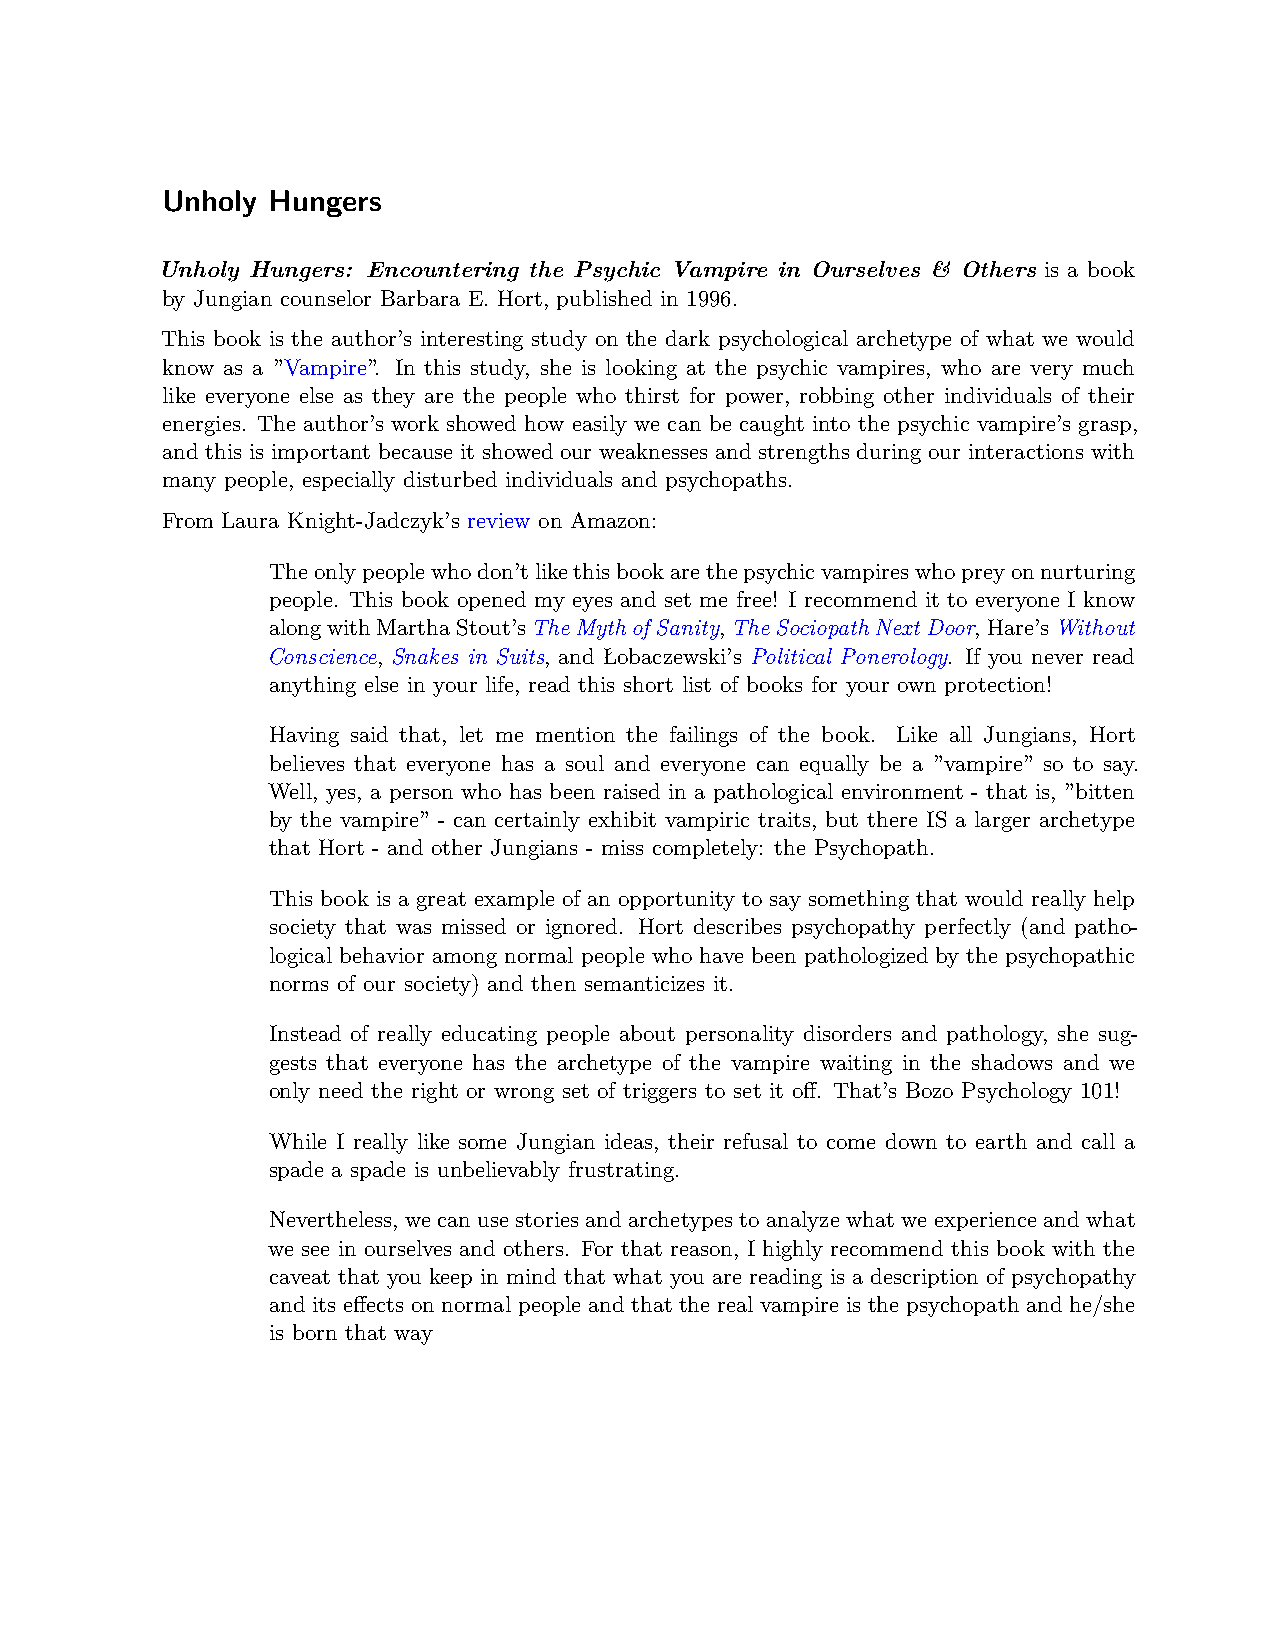
Unholy Hungers
 Unholy Hungers: Encountering the Psychic Vampire in Ourselves & Others is a book
 by Jungian counselor Barbara E. Hort, published in 1996.
 This book is the author’s interesting study on the dark psychological archetype of what we would
 know as a ”Vampire”. In this study, she is looking at the psychic vampires, who are very much
 like everyone else as they are the people who thirst for power, robbing other individuals of their
 energies. The author’s work showed how easily we can be caught into the psychic vampire’s grasp,
 and this is important because it showed our weaknesses and strengths during our interactions with
 many people, especially disturbed individuals and psychopaths.
 From Laura Knight-Jadczyk’s review on Amazon:
 Theonlypeoplewhodon’tlikethisbookarethepsychicvampireswhopreyonnurturing
 people. This book opened my eyes and set me free! I recommend it to everyone I know
 alongwithMarthaStout’sTheMythofSanity,TheSociopathNextDoor,Hare’sWithout
 Conscience, Snakes in Suits, and Łobaczewski’s Political Ponerology. If you never read
 anything else in your life, read this short list of books for your own protection!
 Having said that, let me mention the failings of the book. Like all Jungians, Hort
 believes that everyone has a soul and everyone can equally be a ”vampire” so to say.
 Well, yes, a person who has been raised in a pathological environment - that is, ”bitten
 by the vampire” - can certainly exhibit vampiric traits, but there IS a larger archetype
 that Hort - and other Jungians - miss completely: the Psychopath.
 This book is a great example of an opportunity to say something that would really help
 society that was missed or ignored. Hort describes psychopathy perfectly (and patho-
 logical behavior among normal people who have been pathologized by the psychopathic
 norms of our society) and then semanticizes it.
 Instead of really educating people about personality disorders and pathology, she sug-
 gests that everyone has the archetype of the vampire waiting in the shadows and we
 only need the right or wrong set of triggers to set it off. That’s Bozo Psychology 101!
 While I really like some Jungian ideas, their refusal to come down to earth and call a
 spade a spade is unbelievably frustrating.
 Nevertheless, wecan use stories and archetypes to analyze what weexperience and what
 we see in ourselves and others. For that reason, I highly recommend this book with the
 caveat that you keep in mind that what you are reading is a description of psychopathy
 and its effects on normal people and that the real vampire is the psychopath and he/she
 is born that way